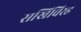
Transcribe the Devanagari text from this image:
सखिविरह